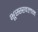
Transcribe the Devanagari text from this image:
भूस्स्खलन